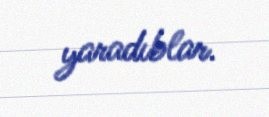
yaradıblar.